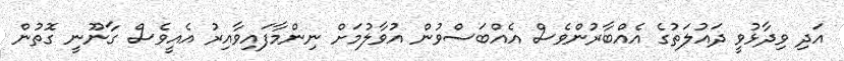
އަދި ވިދާޅުވީ ދައުލަތުގެ އެއްބާރުންވެސް އެއްބަސްވުން އުވާލުމަށް ނިންމާފައިވާއިރު އެއީވެސް ގާނޫނީ ގޮތުން